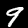
Label: 9